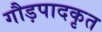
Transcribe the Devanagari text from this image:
गौड़पादकृत